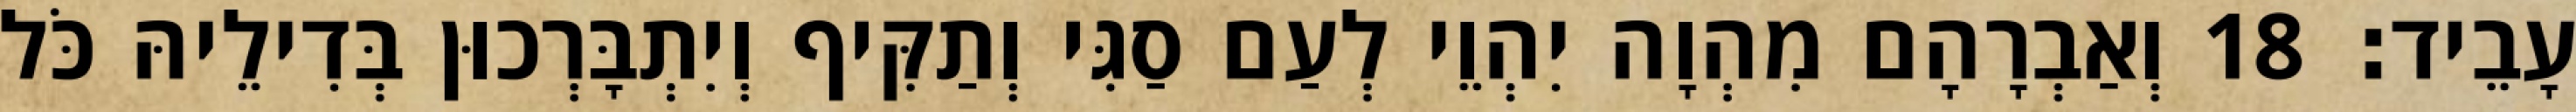
עָבֵיד׃ 18 וְאַבְרָהָם מִהְוָה יִהְוֵי לְעַם סַגִּי וְתַקִּיף וְיִתְבָּרְכוּן בְּדִילֵיהּ כֹּל